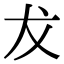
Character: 犮